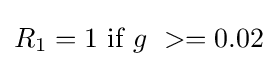
R_{1}=1~{\mbox{if}}~g\ >=0.02